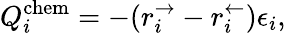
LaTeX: Q_{i}^{\textrm{chem}}=-(r_{i}^{\rightarrow}-r_{i}^{\leftarrow})\epsilon_{i},